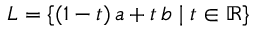
L = \{ ( 1 - t ) \, a + t \, b \mid t \in \mathbb { R } \}